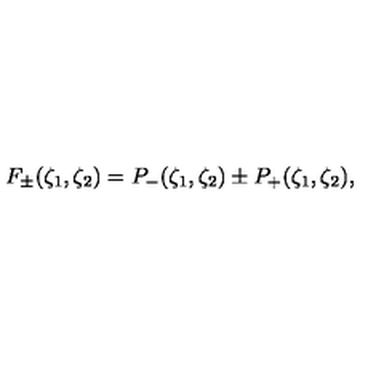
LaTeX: F _ { \pm } ( \zeta _ { 1 } , \zeta _ { 2 } ) = P _ { - } ( \zeta _ { 1 } , \zeta _ { 2 } ) \pm P _ { + } ( \zeta _ { 1 } , \zeta _ { 2 } ) ,